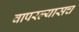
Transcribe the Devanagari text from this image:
वापरल्यासच